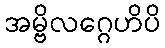
အမ္ဗိလဂ္ဂေဟိပိ